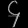
Digit: ၄